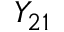
Y _ { 2 1 }